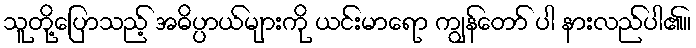
သူတို့ပြောသည့် အဓိပ္ပာယ်များကို ယင်းမာရော ကျွန်တော် ပါ နားလည်ပါ၏။